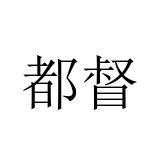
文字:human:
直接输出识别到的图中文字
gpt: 都督